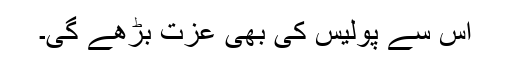
اس سے پولیس کی بھی عزت بڑھے گی۔